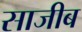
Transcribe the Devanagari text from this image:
साजीब